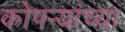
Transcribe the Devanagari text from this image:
कोपर्‍यांच्या